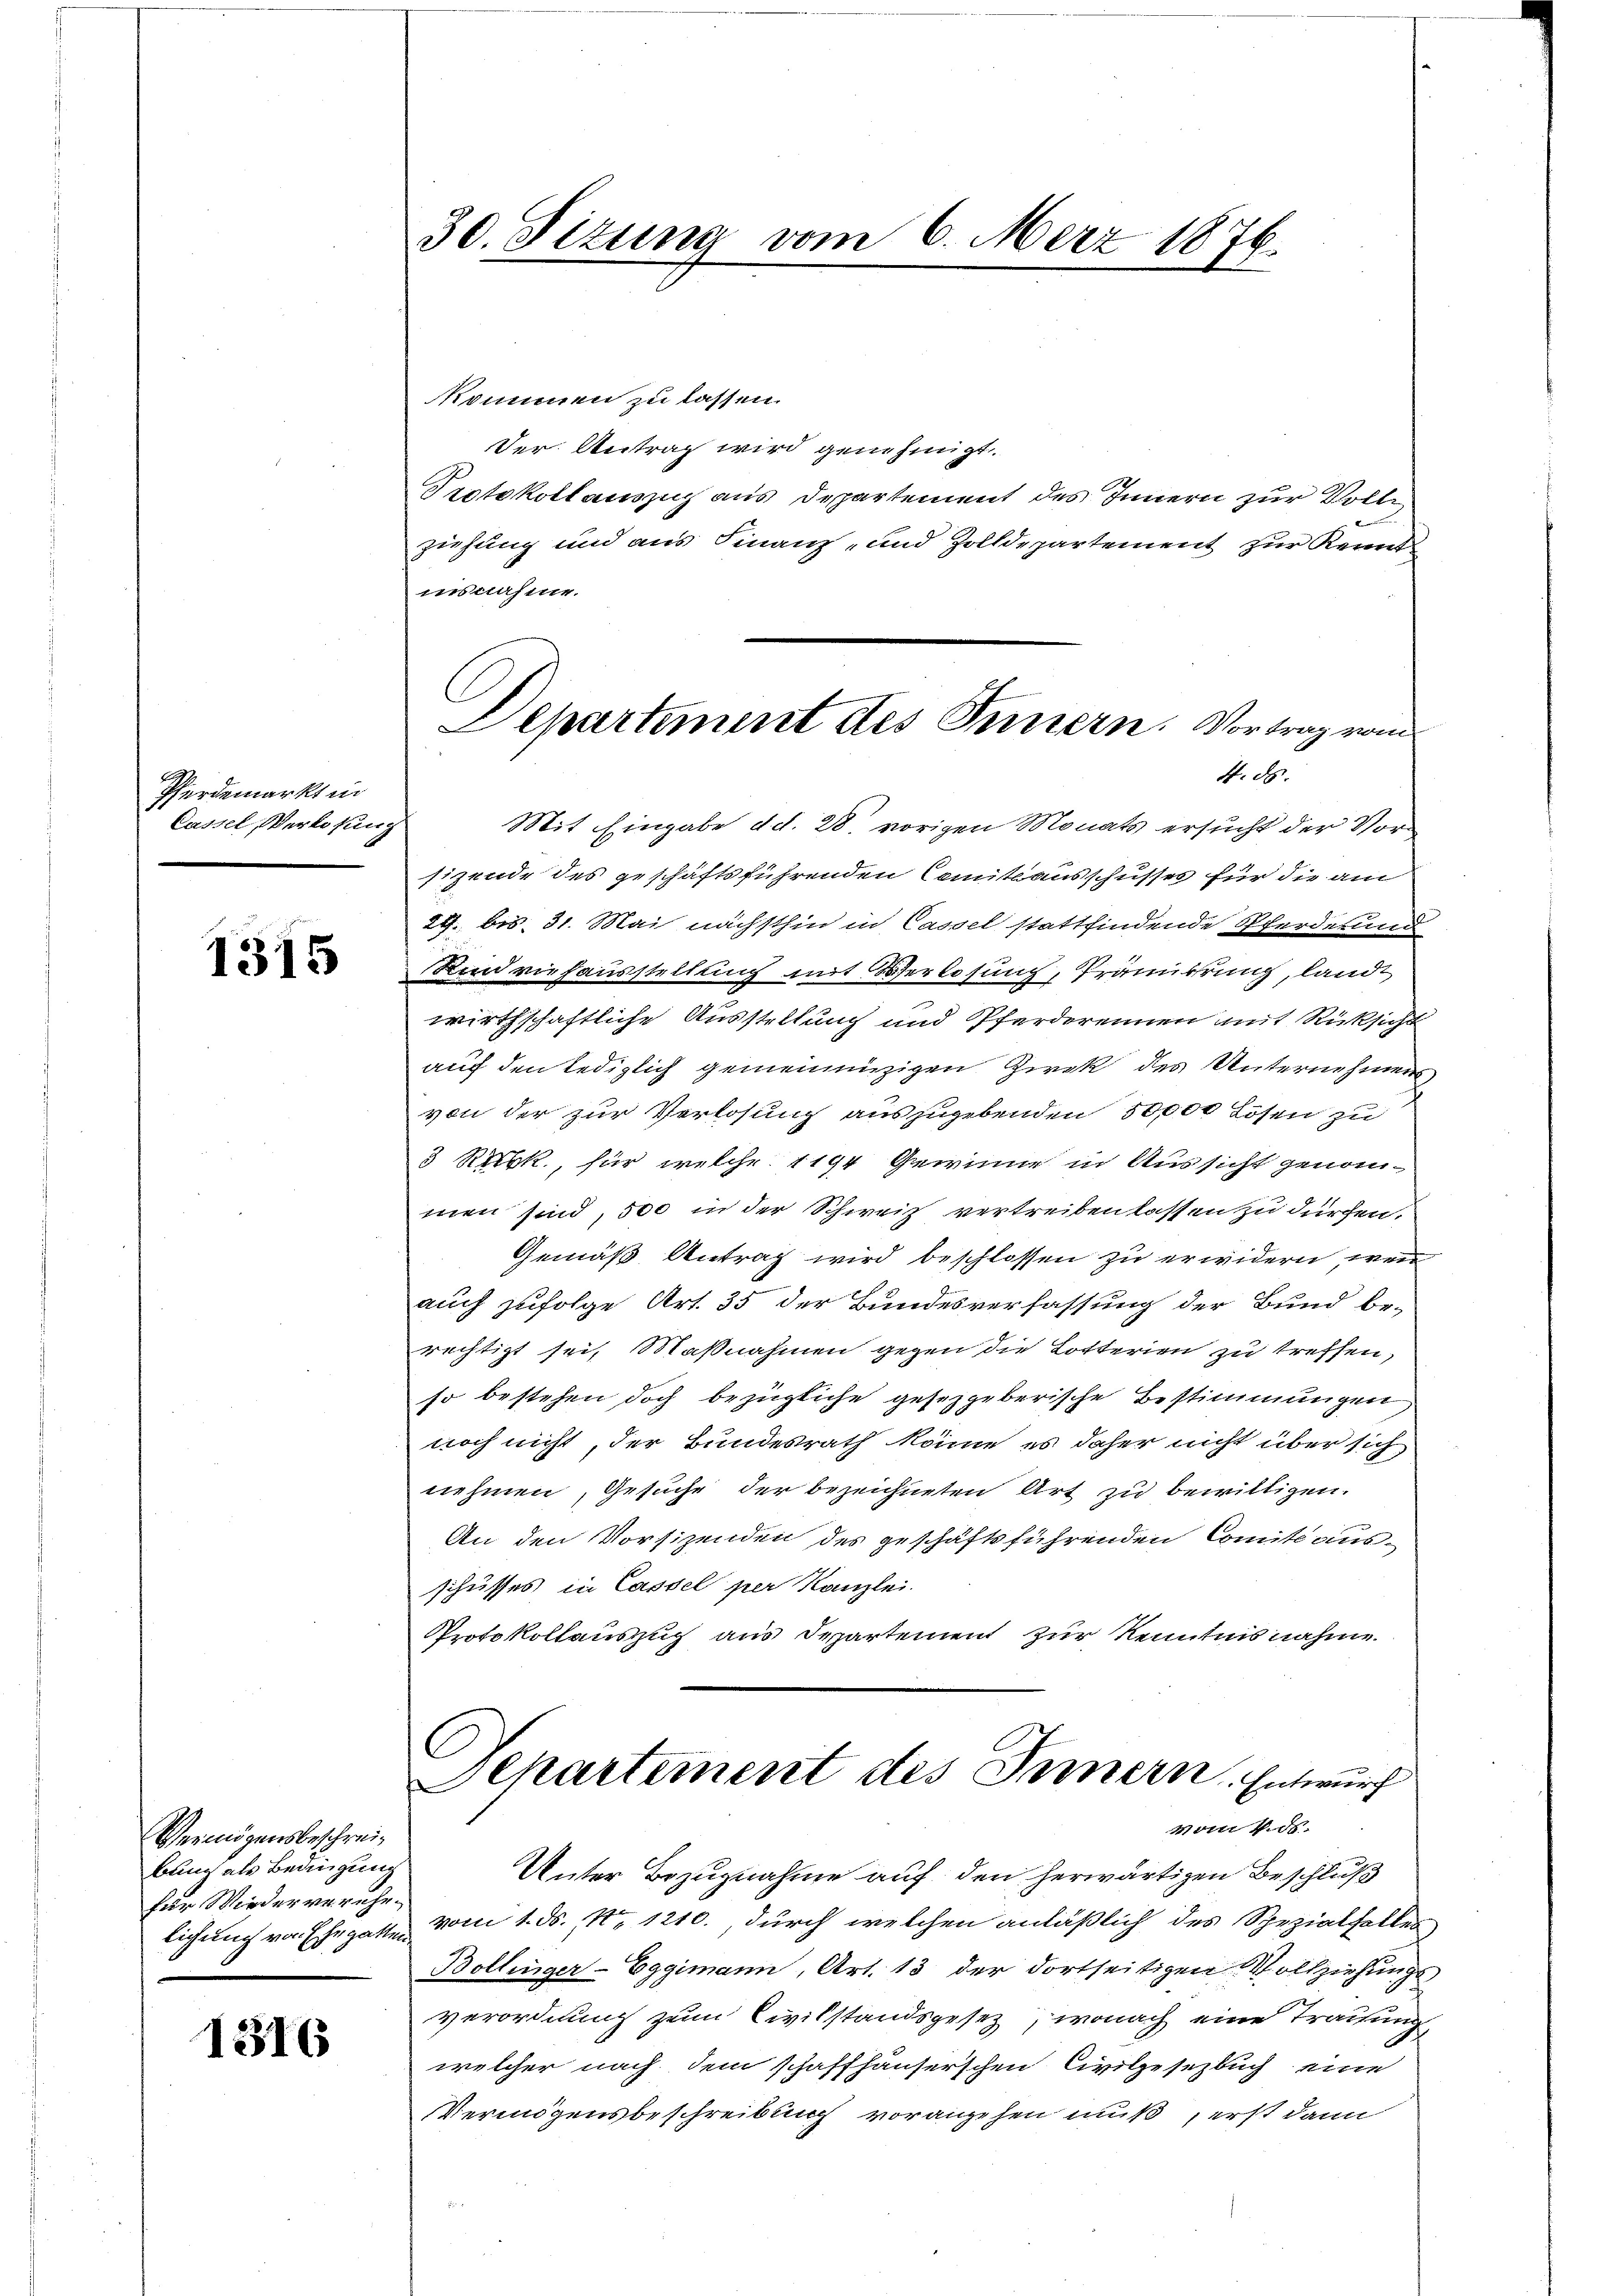
Pferdemarkt in
Cassel, Werke sin

1315

Vermögensbeschreibung als Bedingung
für Wiederverehe¬

1316

kommen zu lassen.
Der Antrag wird genehmigt.
Protokollauszug aus Departement des Innern zur Volle
ziehung und aus Finanz- und Zolldepartement zur Kennt
insnahme.
sizende des geschäftsführenden Comit ausschusses für die am
24. bis 31. Mai nächsthin in Cassel stattfindende Pferderund
Rindviehausstellung mit Verlosung, Prämirung, landt
wirthschaftliche Ausstellung und Pferderennen mit Rücksicht
auf den lediglich gemeinnüzigen Zwek des Unternehmen,
von der zur Verlosung auszugebenden 50,000 Lösen zu
3 Rikk., für welche 1194 Gewinne in Aussicht genommen sind, 500 in der Schweiz vertreiben lassen zu dürfen.
Gemäß Antrag wird beschlossen zu erwidern, wenn
auch zufolge Art. 35 der Bundesverfassung der Bund be-
rechtigt sei, Maßnahmen gegen die Lotterien zu treffen,
so bestehen doch bezügliche gesetzgeberische Bestimmungen
noch nicht, der Bundesrath könne es daher nicht über sich
nehmen, Gesuche der bezeichneten Art zu bewilligen.
An den Vorsizenden des geschäftsführenden Comite aus-
schusses in Cassel per Kanzlei.
Protokollauszug aus Departement zur Kenntnisnahme

30. Sizung vom 6. März 1876.

Departement des Innern. Vortrag vom
4. 85.
Mit Eingabe d. d. 28. vorigen Monats ersucht der Vorg

Separtement des Innern. Entwurf
vom 4. ds.

Unter Bezugnahme auf den herwärtigen Beschluß
lichung von Ehegatten vom 1. ds., N. 1210., durch welchen anläßlich des Spezialfalles
Bollinger-Eggimann, Art. 13 der dortseitigen Vollziehungs
verordnung zum Civilstandsgesetz, wonach eine Trauung
welcher nach dem schaffhäuserschen Civilgesetzbuch eine
Vermögensbeschreibung vorangehen muß, erst dann